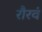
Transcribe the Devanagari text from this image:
रौरवं